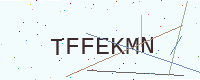
Text: TFFEKMN